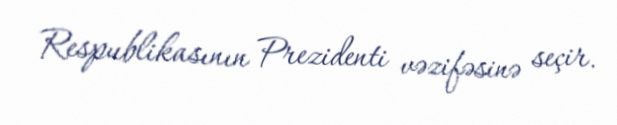
Respublikasının Prezidenti vəzifəsinə seçir.